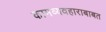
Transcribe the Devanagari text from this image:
कामव्यवहाराबाबत